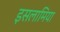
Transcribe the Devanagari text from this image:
इसलामिया